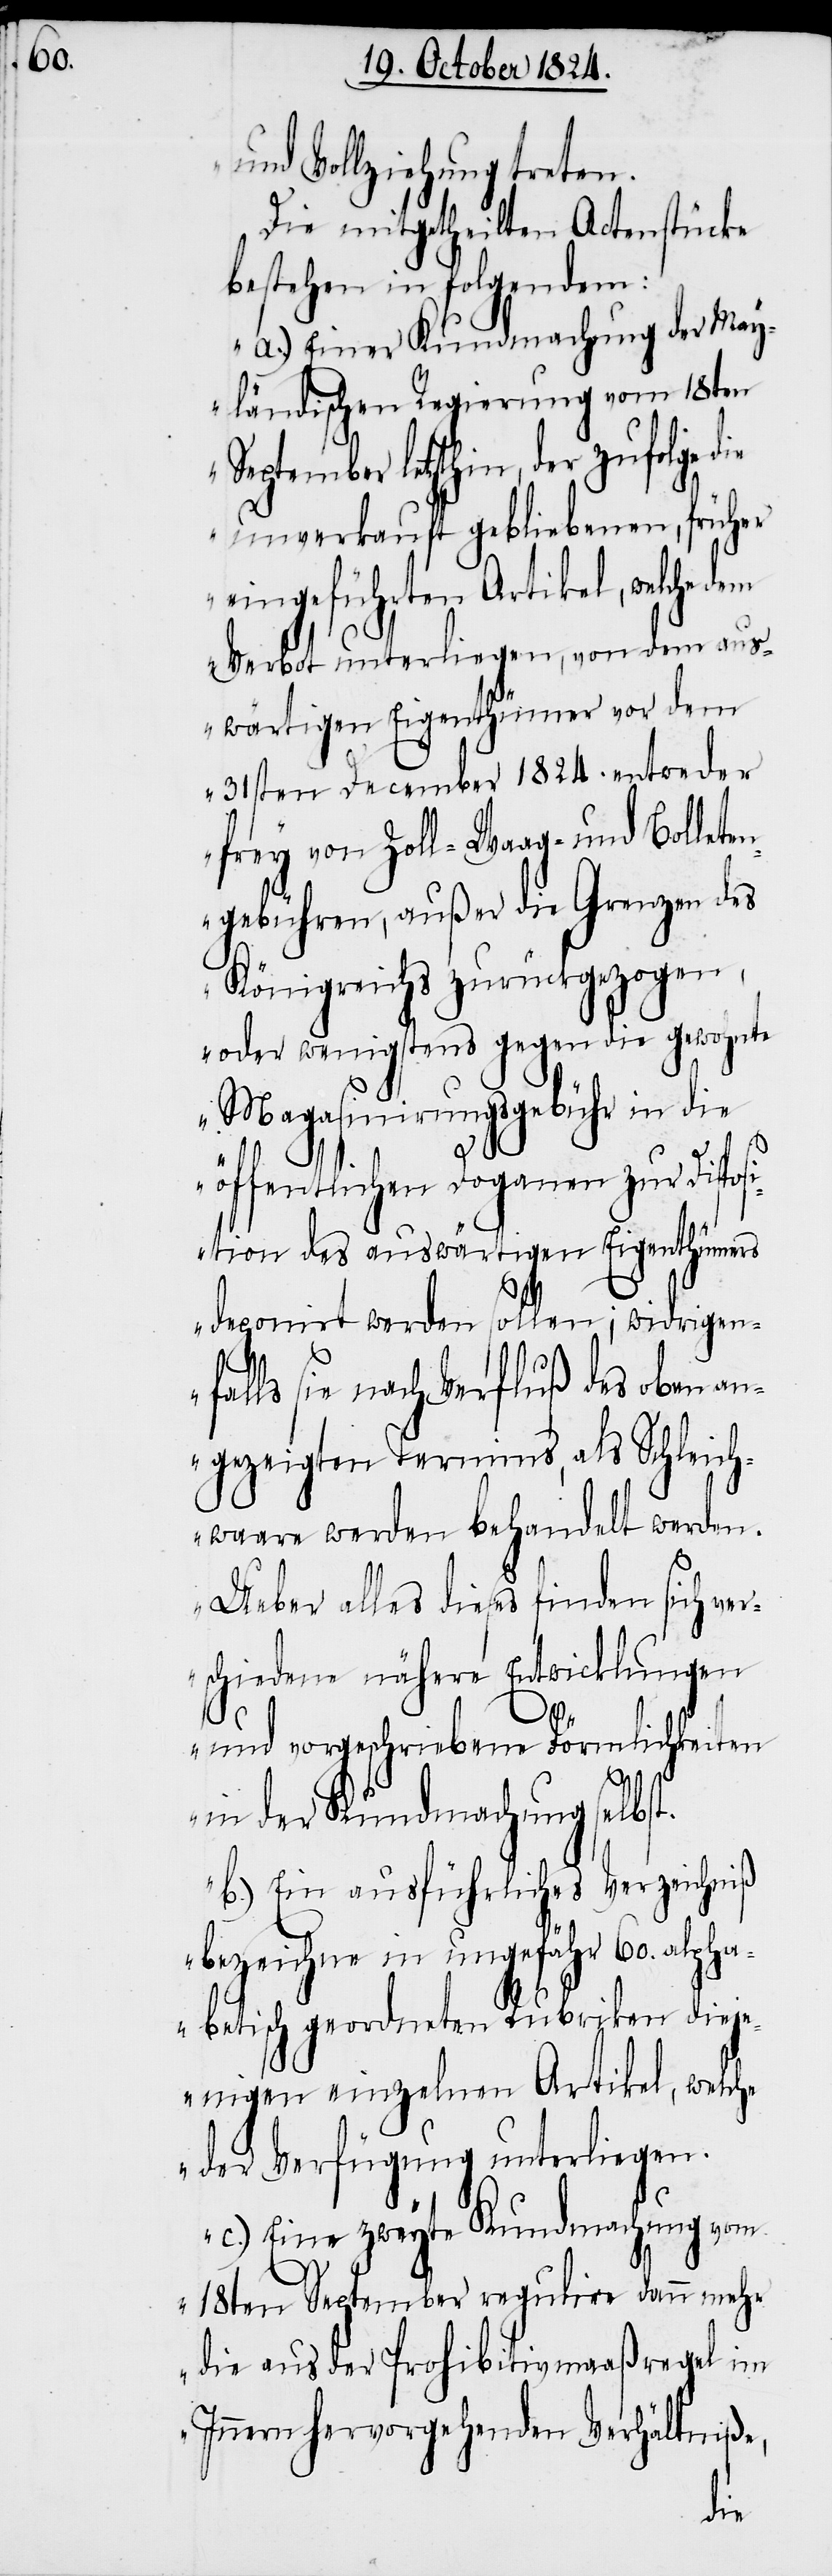
und Vollziehung treten.
Die mitgetheilten Actenstücke
bestehen in folgendem:
a.) Einer Kundmachung der May¬
ländischen Regierung vom 18ten
letzthin, der zufolge die
unverkauft gebliebenen, früher
eingeführten Artikel, welche
Verbot unterliegen, von dem aus¬
wärtigen Eigenthümer vor dem
31sten December 1824. entweder
frey von Zoll- Waag- und Bollete¬
ngebühren, außer die Grenzen des
Königreichs zurückgezogen,
oder wenigstens gegen die gewohnte
Magasinirungsgebühr in die
öffentlichen Doganen zur Dispos¬
ition des auswärtigen Eigenthümers
deponirt werden sollen; widrigen¬
falls sie nach Verfluß des oben an¬
gezeigten Termins, als Schleich¬
waare werden behandelt werden.
Ueber alles dies finden sich ver¬
schiedene nähere Entwicklungen
und vorgeschriebene Förmlichkeiten
in der Kundmachung selbst.
b.) Ein ausführliches Verzeichniß
bezeichne in ungefähr 60. alpha¬
betisch geordneten Rubriken dieje¬
nigen einzelnen Artikel, welche
der Verfügung unterliegen.
c.) Eine zweyte Kundmachung vom
18ten September regulire dann mehr
die aus der Prohibitivmaaßregel im
Innern hervorgehenden Verhältniße,